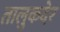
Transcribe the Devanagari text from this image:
तालुकदेर